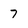
Character: 7